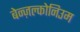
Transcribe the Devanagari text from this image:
बेन्ज़ल्कोनिउम